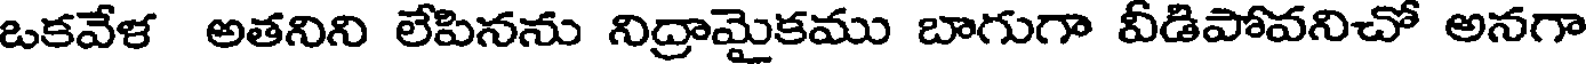
ఒకవేళ అతనిని లేపినను నిద్రామైకము బాగుగా వీడిపోవనిచో అనగా